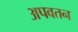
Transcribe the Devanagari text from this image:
अपवतन